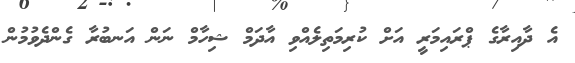
އެ ދާއިރާގެ ޕްރައިމަރީ އަށް ކުރިމަތިލެއްވި އާދަމް ޝިހާމް ނަން އަނބުރާ ގެންދެވުމުން